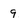
Character: 9